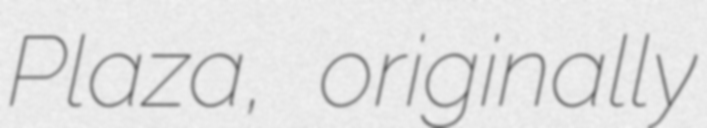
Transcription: Plaza, originally